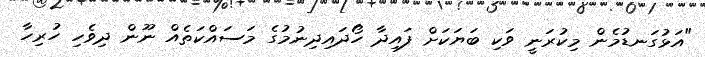
"އަޅުގަނޑުމެން މިކުރަނީ ވަކި ބަަޔަކަށް ފައިދާ ހޯދައިދިނުމުގެ މަސައްކަތެއް ނޫން ދިވެހި ހުރިހާ